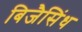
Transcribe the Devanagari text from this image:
बिजैसिंध